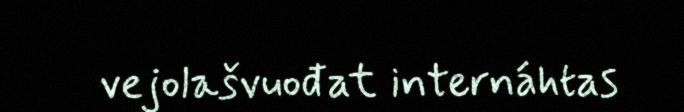
vejolašvuođat internáhtas